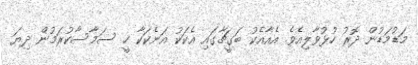
މަޑުމަޑުން ދޮރު ހުޅުވާލިއެވެ. އެއާއެކު ބަގީޗާގައި އެކަކު އަނެކަކާ ހީ ސަމާސާކުރަމުން ދިޔަ